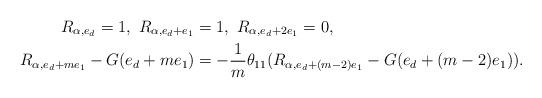
LaTeX: \begin{align*} R_{\alpha,e_d}=1,~R_{\alpha, e_d+e_1}&=1, ~R_{\alpha,e_d+2e_1}=0,\\ R_{\alpha, e_d+me_1}-G(e_d+me_1) &= -\frac{1}{m}\theta_{11} (R_{\alpha, e_d+(m-2)e_1}-G(e_d+(m-2)e_1)). \end{align*}